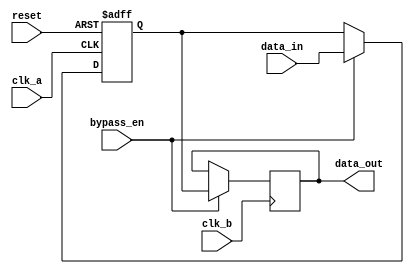
module bypass_register (
    input wire clk_a, // Clock signal for clock domain A
    input wire clk_b, // Clock signal for clock domain B
    input wire reset, // Reset signal
    input wire bypass_en, // Enable signal for bypassing data
    input wire [31:0] data_in, // Input data
    output wire [31:0] data_out // Output data
);

reg [31:0] reg_data; // Register to store input data

always @(posedge clk_a or posedge reset) begin
    if (reset) begin
        reg_data <= 32'h0; // Reset the register data
    end else if (bypass_en) begin
        reg_data <= data_in; // Update register data with input data
    end
end

always @(posedge clk_b) begin
    if (bypass_en) begin
        data_out <= reg_data; // Output register data when bypassing is enabled
    end
end

endmodule